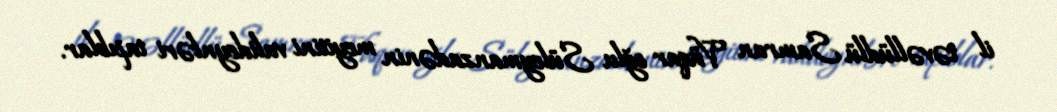
il təvəllüdlü Samran Vüqar oğlu Süleymanzadənin meyitini valideynləri tapıblar.